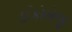
ઈકોલોજી